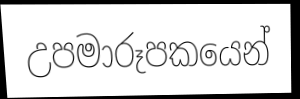
උපමාරූපකයෙන්